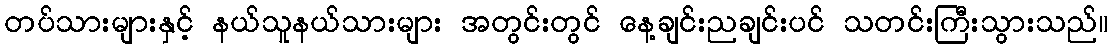
တပ်သားများနှင့် နယ်သူနယ်သားများ အတွင်းတွင် နေ့ချင်းညချင်းပင် သတင်းကြီးသွားသည်။